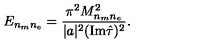
E _ { n _ { m } n _ { e } } = { \frac { \pi ^ { 2 } M _ { n _ { m } n _ { e } } ^ { 2 } } { | a | ^ { 2 } ( \mathrm { I m } \hat { \tau } ) ^ { 2 } } } .